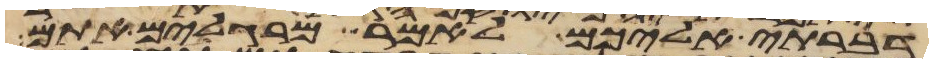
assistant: דברתי אליכם לאמר מרגלים אתם